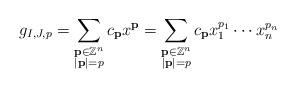
LaTeX: \begin{align*}g_{I,J,p} = \sum_{\substack{\textbf{p} \in \mathbb{Z}^{n} \\ |\textbf{p}| = p}} c_{\textbf{p}} x^{\textbf{p}} = \sum_{\substack{\textbf{p} \in \mathbb{Z}^{n} \\ |\textbf{p}| = p}} c_{\textbf{p}} x_{1}^{p_{1}} \cdots x_{n}^{p_{n}}\end{align*}